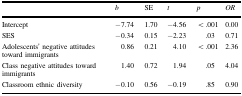
|  | b | SE | t | p | OR |
 | --- | --- | --- | --- | --- | --- |
 | Intercept | −7.74 | 1.70 | −4.56 | <.001 | 0.00 |
 | SES | −0.34 | 0.15 | −2.23 | .03 | 0.71 |
 | Adolescents’ negative attitudes toward immigrants | 0.86 | 0.21 | 4.10 | <.001 | 2.36 |
 | Class negative attitudes toward immigrants | 1.40 | 0.72 | 1.94 | .05 | 4.04 |
 | Classroom ethnic diversity | −0.10 | 0.56 | −0.19 | .85 | 0.90 |